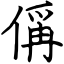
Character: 偁